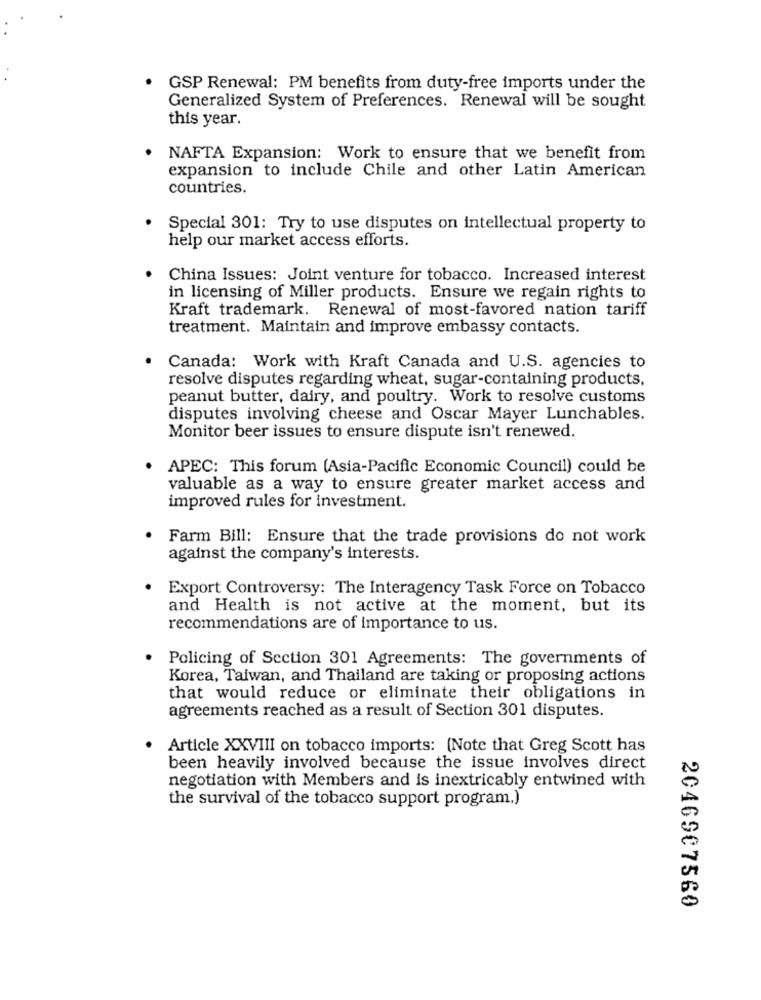
GSP Renewal: PM benefits from duty-free imports under the
Generalized System of Preferences. Renewal will be sought
this year.
NAFTA Expansion: Work to ensure that we benefit from
expansion to include Chile and other Latin American
countries.
Special 301: Try to use disputes on intellectual property to
help our market access efforts.
China Issues: Joint venture for tobacco. Increased interest
in licensing of Miller products. Ensure we regain rights to
Kraft trademark. Renewal of most-favored nation tariff
treatment. Maintain and improve embassy contacts.
Canada: Work with Kraft Canada and U.S. agencies to
resolve disputes regarding wheat, sugar-containing products,
peanut butter, dairy, and poultry. Work to resolve customs
disputes involving cheese and Oscar Mayer Lunchables.
Monitor beer issues to ensure dispute isn't renewed.
APEC: This forum (Asia-Pacific Economic Council) could be
valuable as a way to ensure greater market access and
improved rules for investment.
Farm Bill: Ensure that the trade provisions do not work
against the company's interests.
. Export Controversy: The Interagency Task Force on Tobacco
and Health is not active at the moment, but its
recommendations are of importance to us.
Policing of Section 301 Agreements: The governments of
Korea, Taiwan, and Thailand are taking or proposing actions
that would reduce or eliminate their obligations in
agreements reached as a result of Section 301 disputes.
Article XXVIII on tobacco imports: [Note that Greg Scott has
been heavily involved because the issue involves direct
negotiation with Members and is inextricably entwined with
the survival of the tobacco support program.)
2046907560